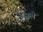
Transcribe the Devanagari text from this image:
इजले